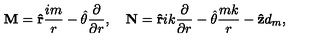
{ \bf M } = { \bf \hat { r } } { \frac { i m } { r } } - \mathrm { \boldmath { \hat { \theta } } } { \frac { \partial } { \partial r } } , \quad { \bf N } = { \bf \hat { r } } i k { \frac { \partial } { \partial r } } - \mathrm { \boldmath { \hat { \theta } } } { \frac { m k } { r } } - { \bf \hat { z } } d _ { m } ,